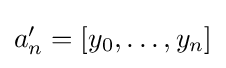
{\textstyle a'_{n}=[y_{0},\ldots ,y_{n}]}